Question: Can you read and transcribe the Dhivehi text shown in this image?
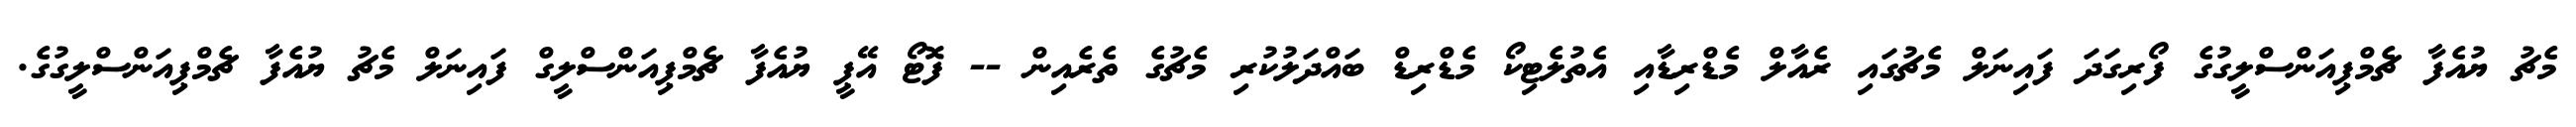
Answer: މެޗު ޔުއެފާ ޗެމްޕިއަންސްލީގުގެ ފޯރިގަދަ ފައިނަލް މެޗުގައި ރެއާލް މެޑްރިޑާއި އެތުލެޓިކޯ މެޑްރިޑް ބައްދަލުކުރި މެޗުގެ ތެރެއިން -- ފޮޓޯ އޭޕީ ޔުއެފާ ޗެމްޕިއަންސްލީގް ފައިނަލް މެޗު ޔުއެފާ ޗެމްޕިއަންސްލީގުގެ.